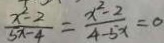
\frac { x ^ { 2 } - 2 } { 5 x - 4 } = \frac { x ^ { 2 } - 2 } { 4 - 5 x } = 0